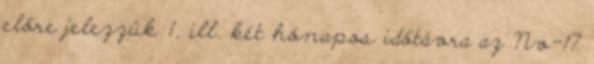
előre jelezzük 1, ill. két hónapos időtávra az Nv-17